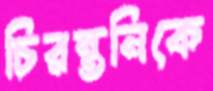
চিরন্তনিকে